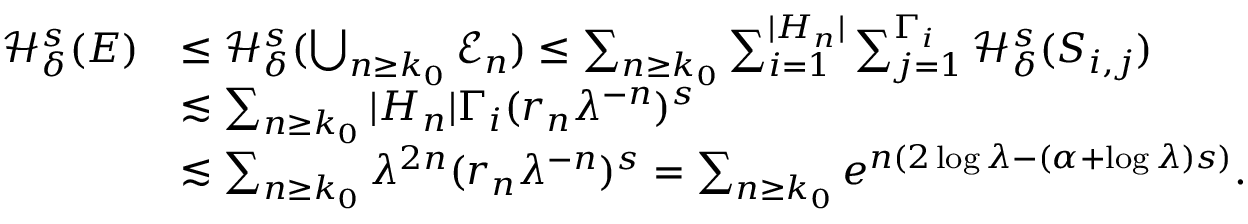
\begin{array} { r l } { \mathcal { H } _ { \delta } ^ { s } ( E ) } & { \le \mathcal { H } _ { \delta } ^ { s } ( \bigcup _ { n \ge k _ { 0 } } \mathcal E _ { n } ) \le \sum _ { n \ge k _ { 0 } } \sum _ { i = 1 } ^ { | H _ { n } | } \sum _ { j = 1 } ^ { \Gamma _ { i } } \mathcal { H } _ { \delta } ^ { s } ( S _ { i , j } ) } \\ & { \lesssim \sum _ { n \ge k _ { 0 } } | H _ { n } | \Gamma _ { i } ( r _ { n } \lambda ^ { - n } ) ^ { s } } \\ & { \lesssim \sum _ { n \ge k _ { 0 } } \lambda ^ { 2 n } ( r _ { n } \lambda ^ { - n } ) ^ { s } = \sum _ { n \ge k _ { 0 } } e ^ { n ( 2 \log \lambda - ( \alpha + \log \lambda ) s ) } . } \end{array}